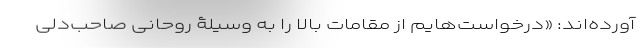
آورده‌اند: «درخواست‌هایم از مقامات بالا را به وسیلۀ روحانیِ صاحب‌دلی